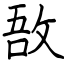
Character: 敔